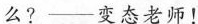
么?——变态老师！